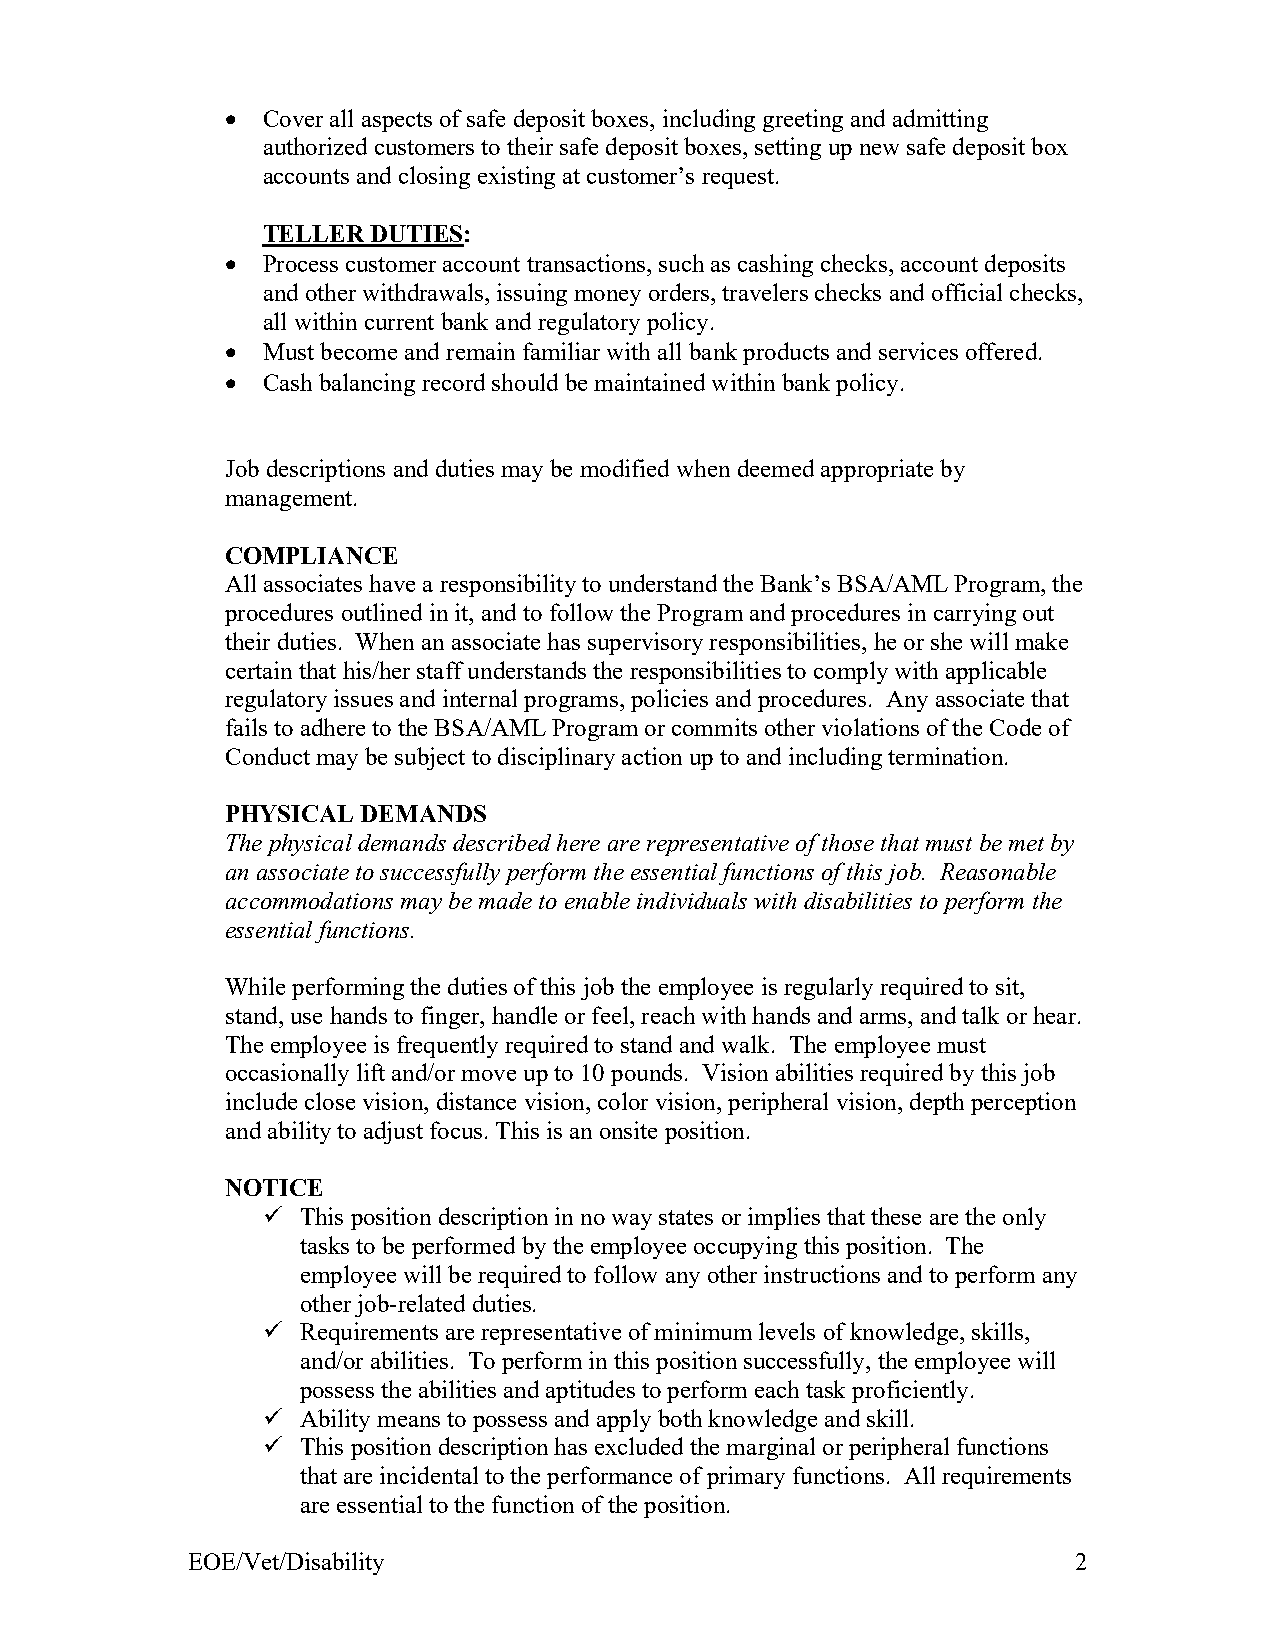
 Cover all aspects of safe deposit boxes, including greeting and admitting
 authorized customers to their safe deposit boxes, setting up new safe deposit box
 accounts and closing existing at customer’s request.
 TELLER  DUTIES:
  Process customer account transactions, such as cashing checks, account deposits
 and other withdrawals, issuing money orders, travelers checks and official checks,
 all within current bank and regulatory policy.
  Must become and remain familiar with all bank products and services offered.
  Cash balancing record should be maintained within bank policy.
 Job descriptions and duties may be modified when deemed appropriate by
 management.
 COMPLIANCE
 All associates have a responsibility to understand the Bank’s BSA/AML Program, the
 procedures outlined in it, and to follow the Program and procedures in carrying out
 their duties. When an associate has supervisory responsibilities, he or she will make
 certain that his/her staff understands the responsibilities to comply with applicable
 regulatory issues and internal programs, policies and procedures. Any associate that
 fails to adhere to the BSA/AML Program or commits other violations of the Code of
 Conduct may be subject to disciplinary action up to and including termination.
 PHYSICAL DEMANDS
 The physical demands described here are representative of those that must be met by
 an associate to successfully perform the essential functions of this job. Reasonable
 accommodations may be made to enable individuals with disabilities to perform the
 essential functions.
 While performing the duties of this job the employee is regularly required to sit,
 stand, use hands to finger, handle or feel, reach with hands and arms, and talk or hear.
 The employee is frequently required to stand and walk. The employee must
 occasionally lift and/or move up to 10 pounds. Vision abilities required by this job
 include close vision, distance vision, color vision, peripheral vision, depth perception
 and ability to adjust focus. This is an onsite position.
 NOTICE
   This position description in no way states or implies that these are the only
 tasks to be performed by the employee occupying this position. The
 employee will be required to follow any other instructions and to perform any
 other job-related duties.
   Requirements are representative of minimum levels of knowledge, skills,
 and/or abilities. To perform in this position successfully, the employee will
 possess the abilities and aptitudes to perform each task proficiently.
   Ability means to possess and apply both knowledge and skill.
   This position description has excluded the marginal or peripheral functions
 that are incidental to the performance of primary functions. All requirements
 are essential to the function of the position.
 EOE/Vet/Disability                                         2